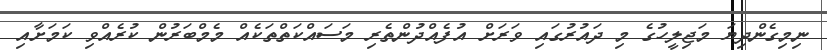
ނިމިގެންދިޔަ މަޖިލީހުގެ މި ދައުރުގައި ވަރަށް އުފެއްދުންތެރި މަސައްކަތްތަކެއް މެމްބަރުން ކުރެއްވި ކަމަށާއި